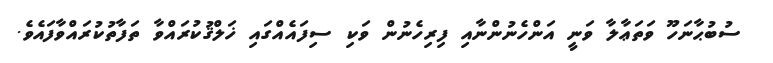
ސުބުޙާނަހޫ ވަތަޢާލާ ވަނީ އަންހެނުންނާއި ފިރިހެނުން ވަކި ސިފައެއްގައި ޚަލްޤުކުރައްވާ ތަފާތުކުރައްވާފައެވެ.